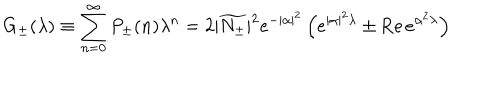
G _ { \pm } ( \lambda ) \equiv \sum _ { n = 0 } ^ { \infty } P _ { \pm } ( n ) \lambda ^ { n } = 2 | \widetilde { N _ { \pm } } | ^ { 2 } e ^ { - | \alpha | ^ { 2 } } \left( e ^ { | \alpha | ^ { 2 } \lambda } \pm \mathrm { R e } \, e ^ { \alpha ^ { 2 } \lambda } \right)